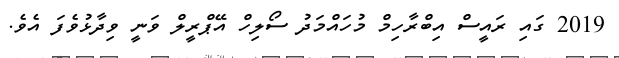
2019 ގައި ރައީސް އިބްރާހިމް މުހައްމަދު ސޯލިހް އޭޕްރީލް ވަނީ ވިދާޅުވެފަ އެވެ.